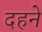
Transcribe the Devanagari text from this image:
दहने